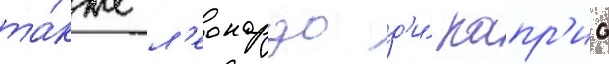
та́кже л'еонардо д'и́ капр'ио